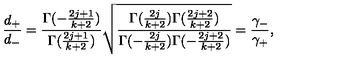
\frac { d _ { + } } { d _ { - } } = \frac { \Gamma ( - \frac { 2 j + 1 } { k + 2 } ) } { \Gamma ( \frac { 2 j + 1 } { k + 2 } ) } \sqrt { \frac { \Gamma ( \frac { 2 j } { k + 2 } ) \Gamma ( \frac { 2 j + 2 } { k + 2 } ) } { \Gamma ( - \frac { 2 j } { k + 2 } ) \Gamma ( - \frac { 2 j + 2 } { k + 2 } ) } } = \frac { \gamma _ { - } } { \gamma _ { + } } ,